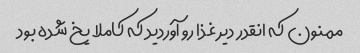
ممنون که انقدر دیر غذا رو آوردید که کاملا یخ شده بود